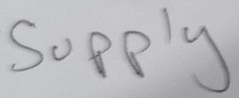
Text: Supply